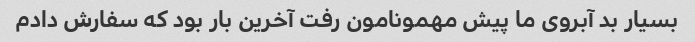
بسیار بد آبروى ما پیش مهمونامون رفت آخرین بار بود که سفارش دادم